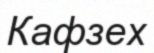
Кафзех